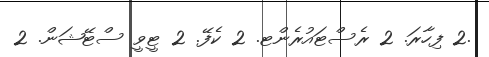
.2 ފިހާރަ. 2 ރެސްޓައުރެންޓ. 2 ކެފޭ. 2 ޓީވީ ސްޓޭޝަން. 2